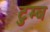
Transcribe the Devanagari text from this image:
टुम्ब